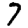
Digit: 7